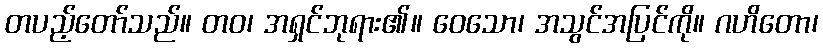
တပည့်တော်သည်။ တဝ၊ အရှင်ဘုရား၏။ ဝေသော၊ အသွင်အပြင်ကို။ ဂဟိတော၊